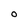
Character: O